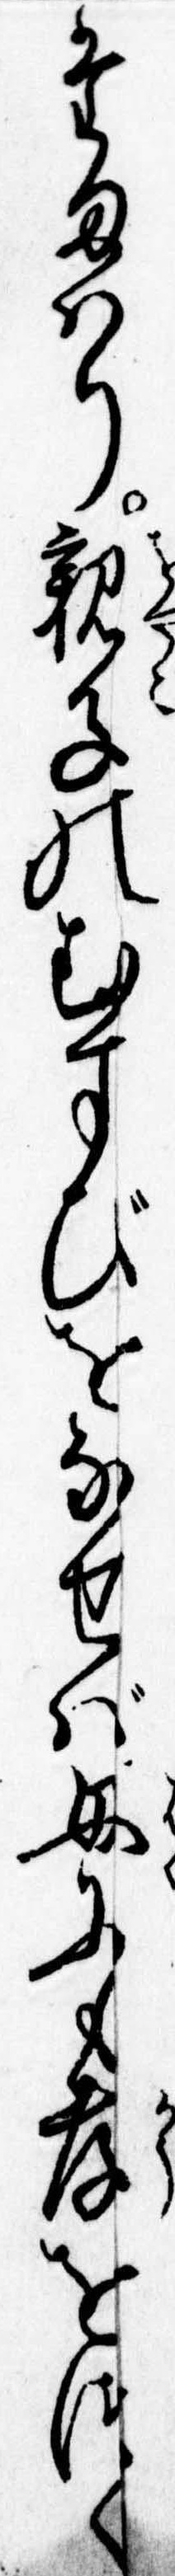
たまはり親子のむすびをなせば母にも孝をつく